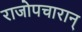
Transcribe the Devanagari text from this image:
राजोपचारान्